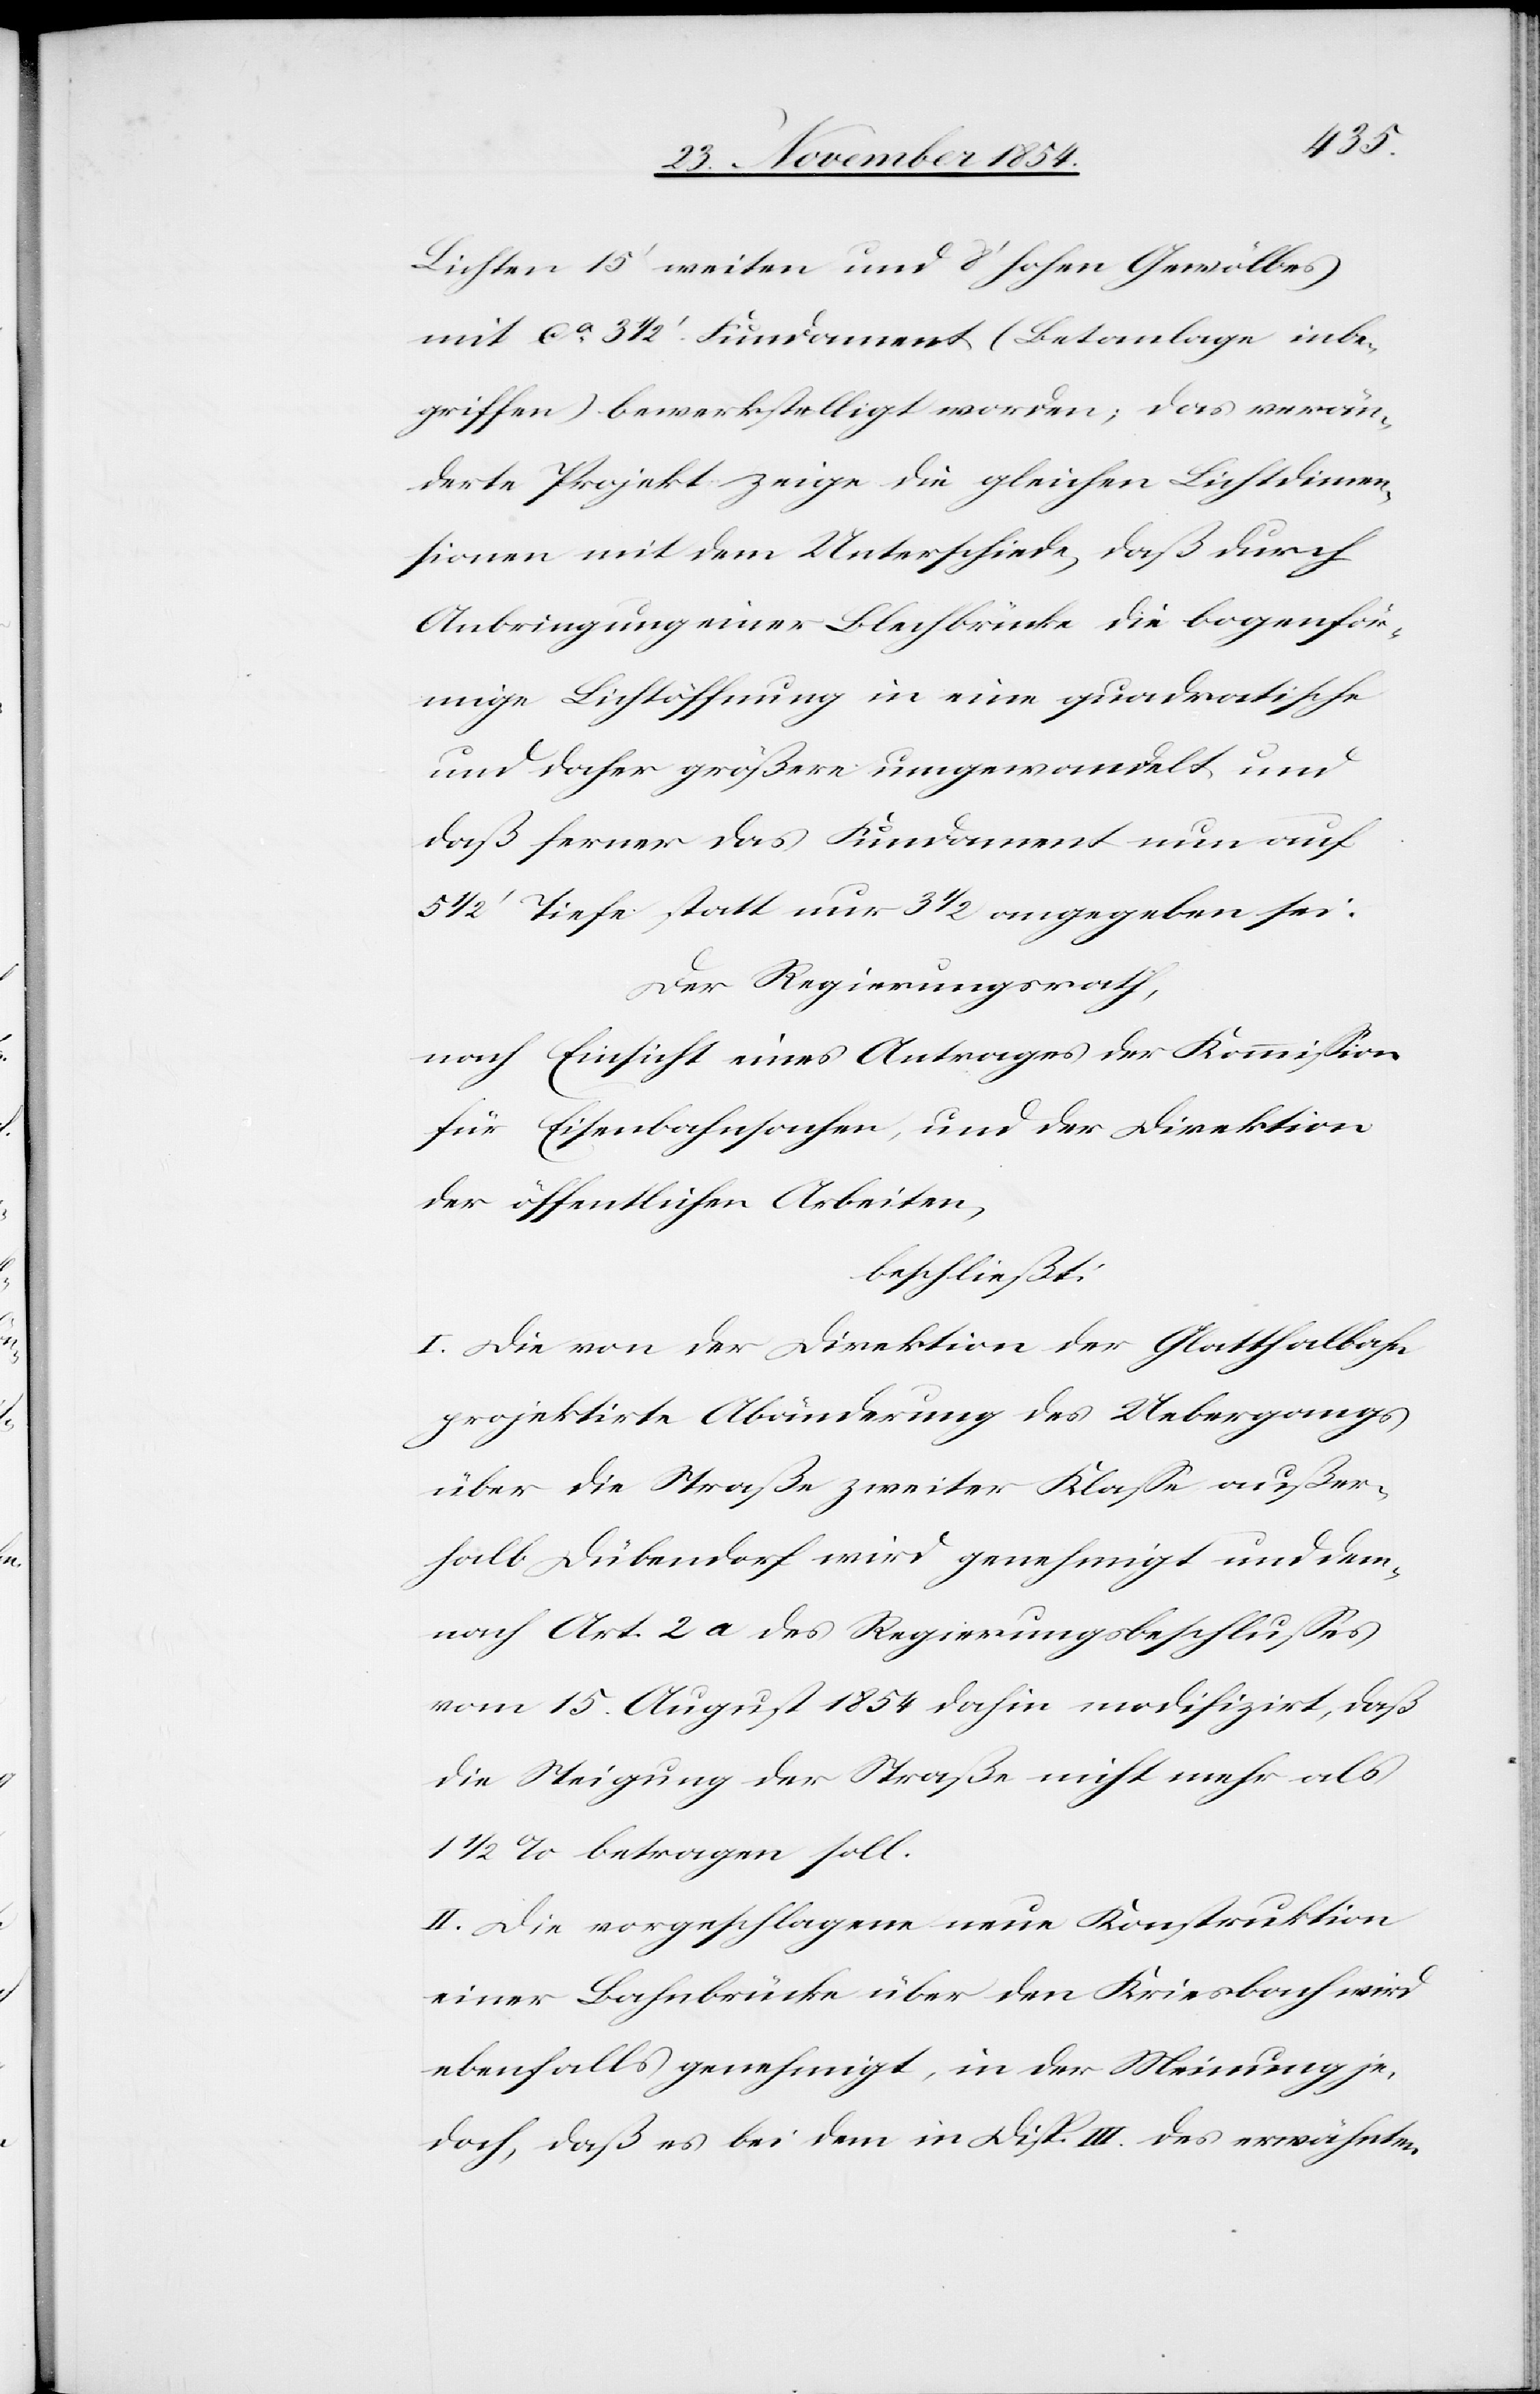
Lichten 15‘ weiten und 80 hohen Gewölbes
mit ca 3 1/2‘ Fundament (Betanlage inbe¬
griffen) bewerkstelligt worden; das verän¬
derte Projekt zeigt die gleichen Lichtdimen¬
sionen mit dem Unterschiede, daß durch
Anbringung einer Blechbrücke die bogenför¬
mige Lichtöffnung in eine quadratische
und daher größere umgewandelt und
daß ferner das Fundament nun auf
5 1/2‘ Tiefe statt nur 3 1/2 angegeben sei.
Der Regierungsrath,
nach Einsicht eines Antrages der Kommißion
für Eisenbahnsachen, und der Direktion
der öffentlichen Arbeiten,
beschließt:
I. Die von der Direktion der Glatthalbahn
projektirte Abänderung des Uebergangs
über die Straße zweiter Klaße außer¬
halb Dübendorf wird genehmigt und dem¬
nach Art. 2a des Regierungsbeschlußes
vom 15. August 1854 dahin modifizirt, daß
die Steigung der Straße nicht mehr als
1 1/2% betragen soll.
II. Die vorgeschlagene neue Konstruktion
einer Bahnbrücke über den Kriesbach wird
ebenfalls genehmigt, in der Meinung je¬
doch, daß es bei dem in Disp. III des erwähnten